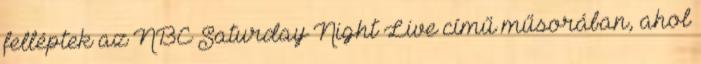
felléptek az NBC Saturday Night Live című műsorában, ahol